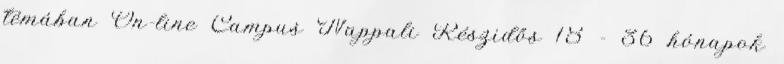
témában On-line Campus Nappali Részidős 18 - 36 hónapok